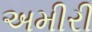
અમીરી